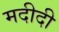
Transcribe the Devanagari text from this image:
मदीदी